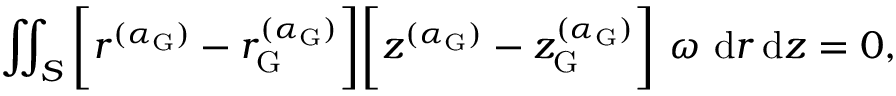
\iint _ { S } \bigg [ r ^ { ( \alpha _ { \mathrm { G } } ) } - r _ { \mathrm { G } } ^ { ( \alpha _ { \mathrm { G } } ) } \bigg ] \bigg [ z ^ { ( \alpha _ { \mathrm { G } } ) } - z _ { \mathrm { G } } ^ { ( \alpha _ { \mathrm { G } } ) } \bigg ] ~ \omega ~ \mathrm { d } r \, \mathrm { d } z = 0 ,